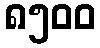
၈၅၀၀